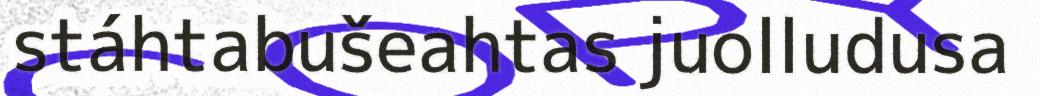
stáhtabušeahtas juolludusa